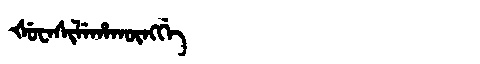
Manchu: ᡧᡠᠸᠠᠰᡳᠯᡝᡥᠠᡴᡡᠩᡤᡝ
Romanization: ŠUWASILEHAKŪNGGE